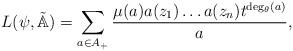
LaTeX: \begin{align*}L(\psi,\tilde{\mathbb{A}})=\sum_{a\in A_{+}}\frac{\mu(a)a(z_1)\dots a(z_n)t^{\deg_{\theta}(a)}}{a},\end{align*}